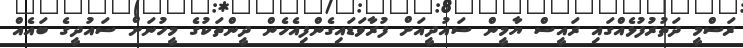
ރަސްމީ ދަތުރުފުޅެއްގައި ރައީސް ޔާމީން ސައުދީއަށް ފުރާވަޑައިގެންފިއެހެން ދީންތަކުގެ މީހުނަށް ސައުދީގެ ބައެއް